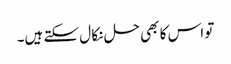
تو اس کا بھی حل نکا ل سکتے ہیں۔